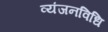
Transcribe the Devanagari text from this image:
व्यंजनविधि